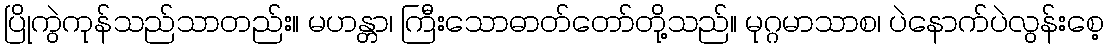
ပြိုကွဲကုန်သည်သာတည်း။ မဟန္တာ၊ ကြီးသောဓာတ်တော်တို့သည်။ မုဂ္ဂမာသာစ၊ ပဲနောက်ပဲလွန်းစေ့